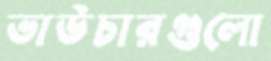
ভাউচারগুলো